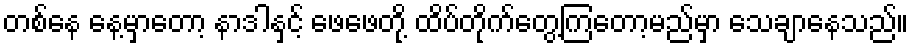
တစ်နေ နေ့မှာတော့ နာဒါနှင့် ဖေဖေတို့ ထိပ်တိုက်တွေ့ကြတော့မည်မှာ သေချာနေသည်။